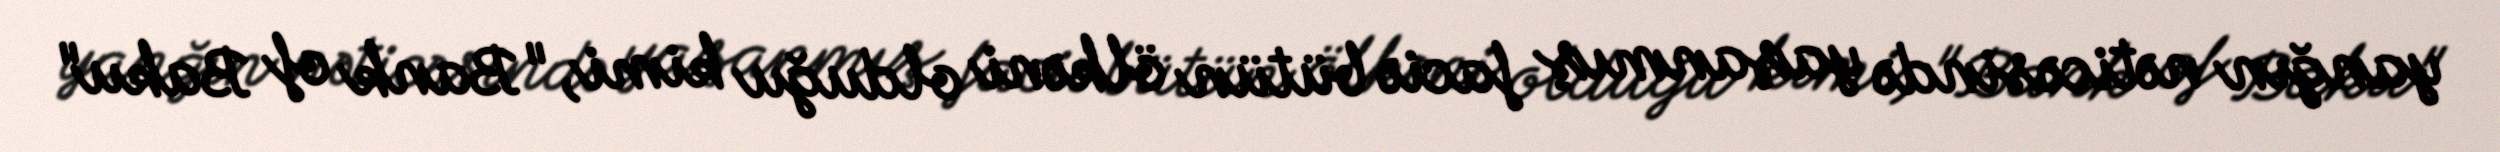
yanğın nəticəsində yaşanmış faciə bütün ölkəni olduğu kimi, "Bank of Baku"